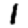
Digit: 1